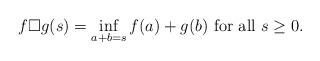
LaTeX: \begin{align*}f \square g (s)=\inf_{a+b=s} f(a)+g(b) \mbox{ for all }s\geq 0.\end{align*}